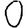
Digit: 0